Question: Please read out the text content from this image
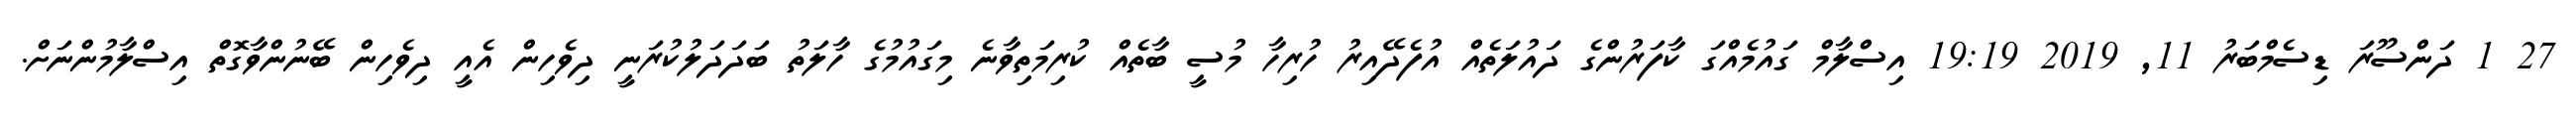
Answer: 27 1 ދަންސޫރަ ޑިސެމްބަރު 11, 2019 19:19 އިސްލާމް ގައުމެއްގަ ކާފަރުންގެ ދައުލަތެއް އުފެދޭއިރު ހުރިހާ މުސީ ބާތެއް ކުރިމަތިވާނެ މިގައުމުގެ ހާލަތު ބަދަދަލުކުރަނީ ދިވެހިން އެއީ ދިވެހިން ބޭނުންވާގޮތް އިސްލާމުންނަށް.